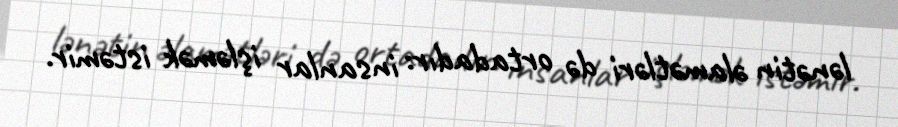
lənətin əlamətləri də ortadadır: insanlar işləmək istəmir.